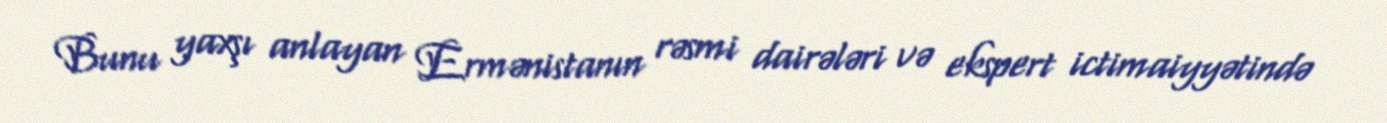
Bunu yaxşı anlayan Ermənistanın rəsmi dairələri və ekspert ictimaiyyətində